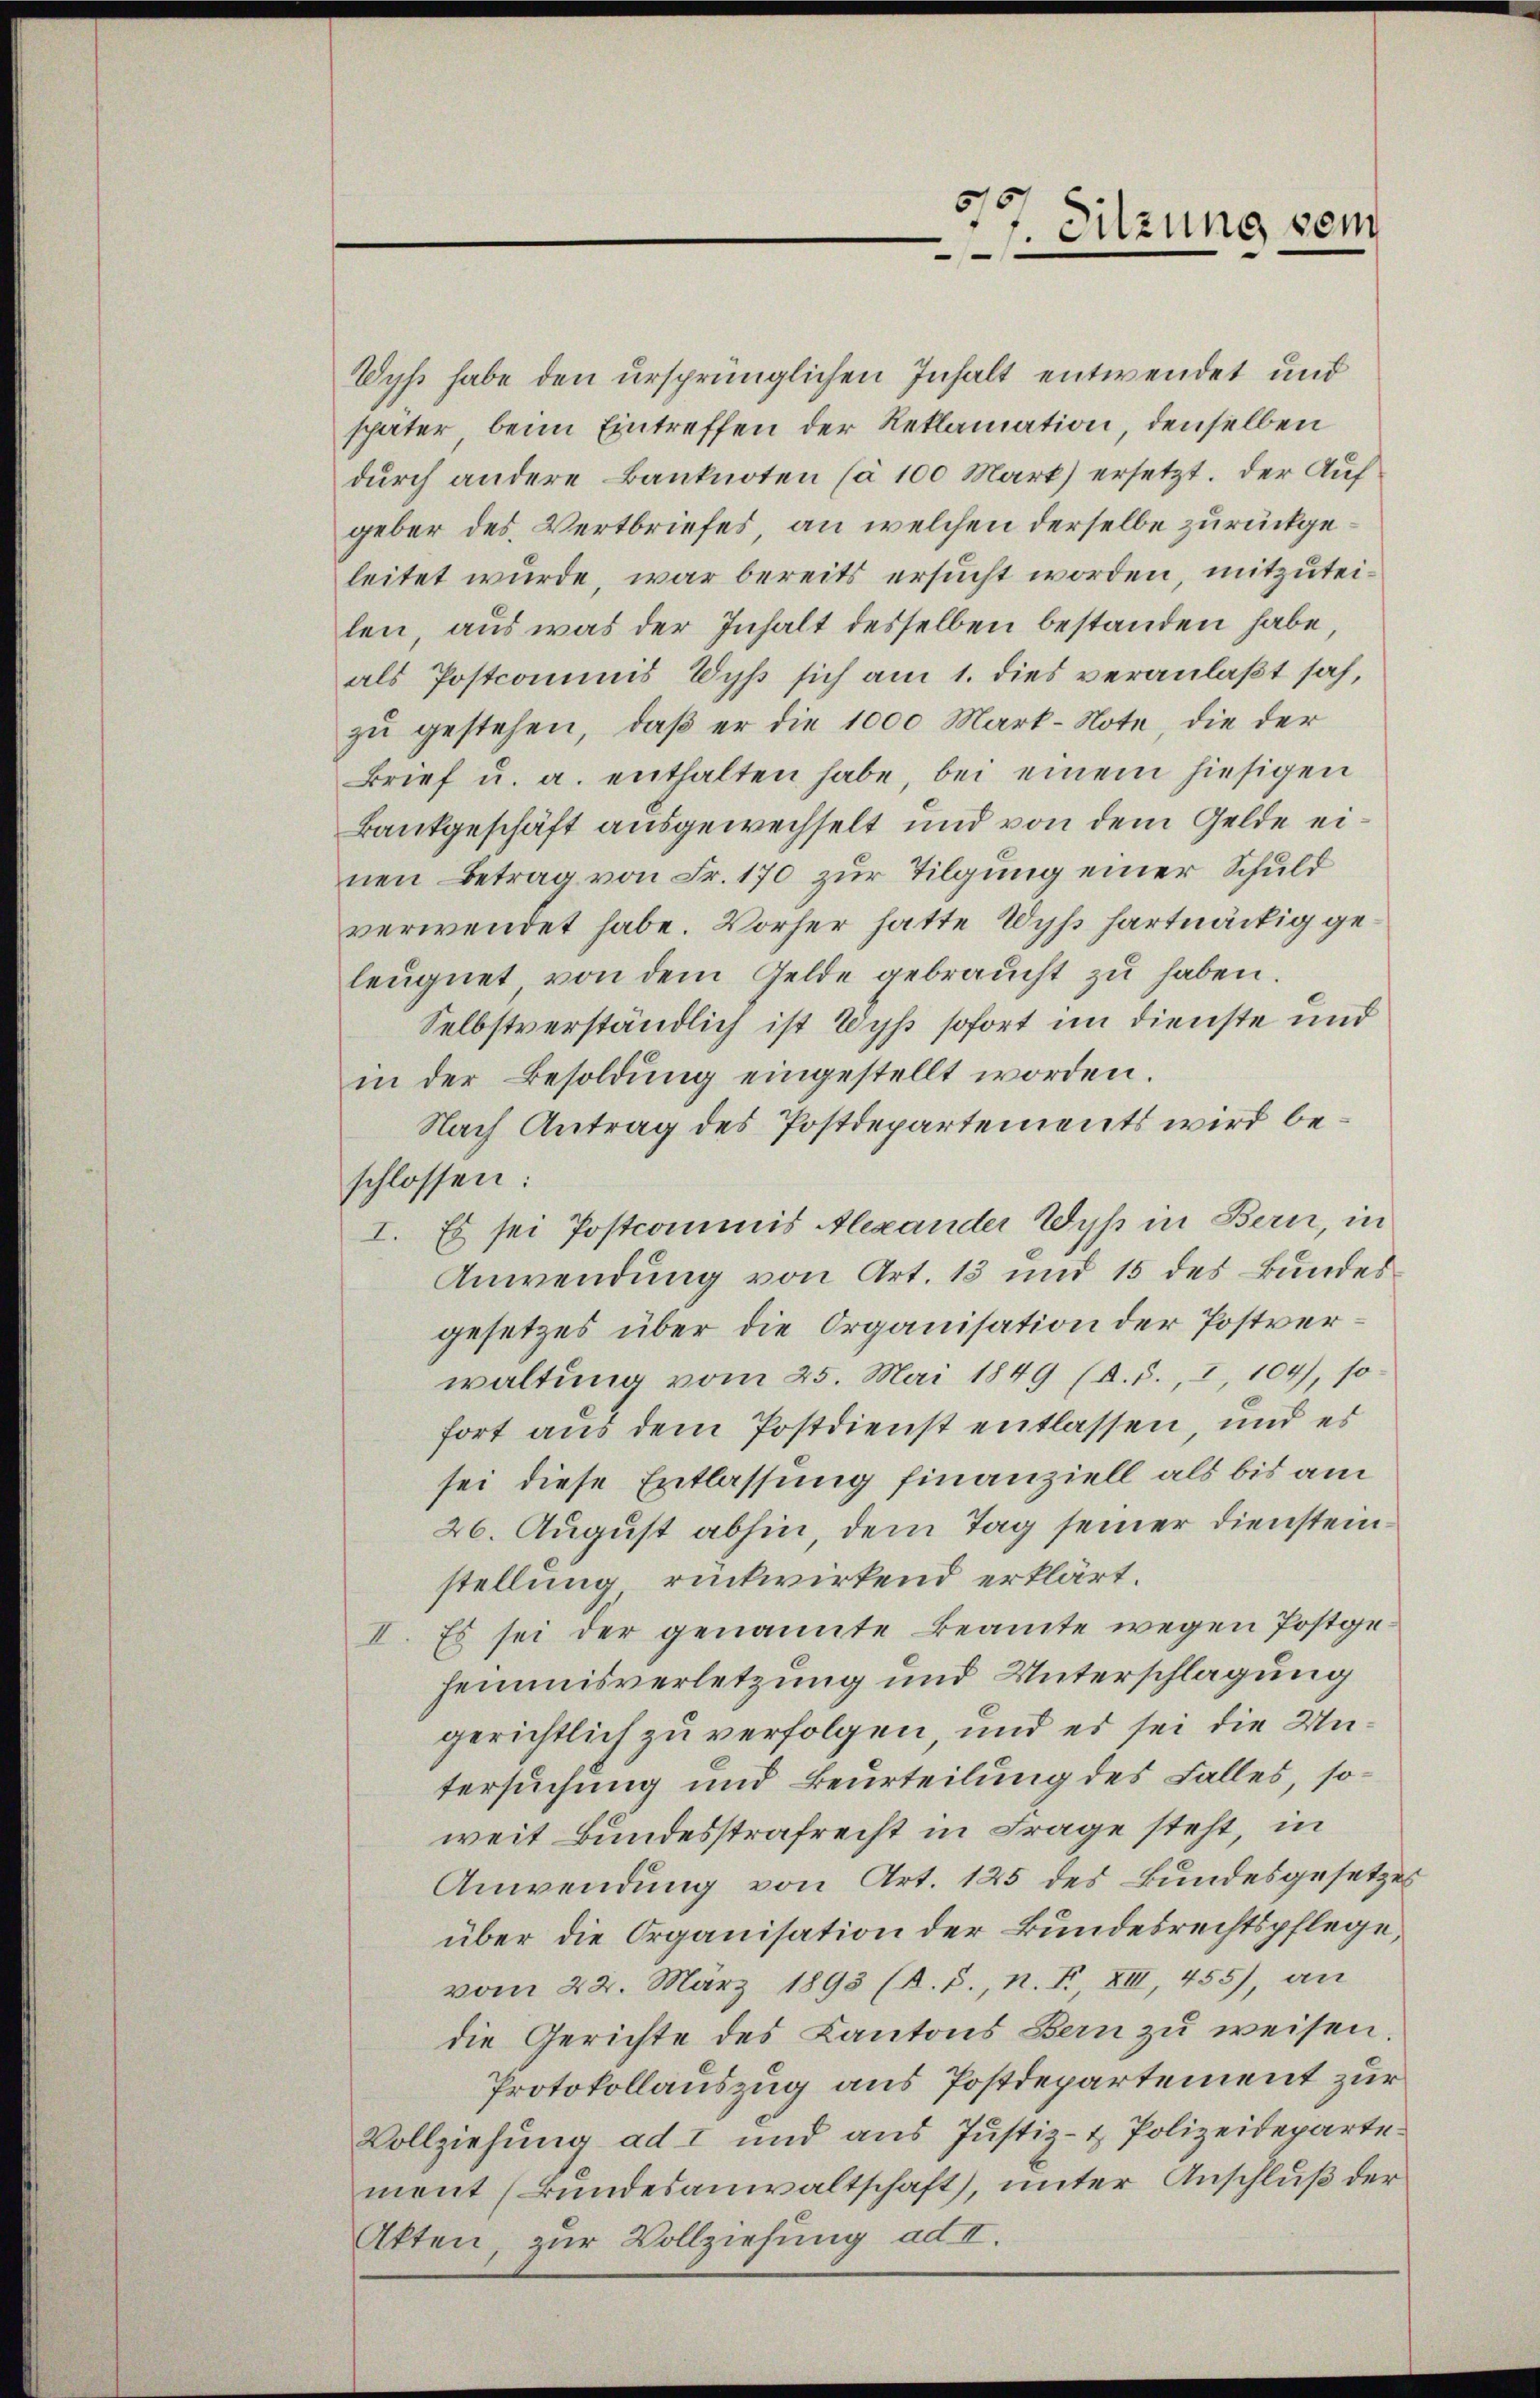
Wyß habe den ursprünglichen Inhalt entwendet und
später beim Eintreffen der Reklamation denselben
durch andere Banknoten (à 100 Mark) ersetzt. Der Auf
geber des Wertbriefes, an welchen derselbe zurückgeleitet wurde, war bereits ersucht worden, mitzuteilen, aus was der Inhalt desselben bestanden habe,
als Postcommis Wyß sich am 1. dies veranlaßt sah,
zu gestehen, daß er die 1000 Mark-Note, die der
Brief u. a. enthalten habe, bei einem hiesigen
Bankgeschäft ausgewechselt und von dem Gelde einen Betrag von Fr. 170 zur Tilgung einer Schuld
verwendet habe. Vorher hatte Wyss hartnäckig geleugnet von dem Gelde gebraucht zŭ haben.
Selbstverständlich ist Wyss sofort im Dienste und
in der Besoldŭng eingestellt worden.
Nach Antrag des Postdepartements wird beschlossen:
I. Es sei Postcommis Alexander Wyß in Bern, in
Anwendung von Art. 13 und 15 des Bundesgesetzes über die Organisation der Postverwaltung vom 25. Mai 1849 (d. 5., 2, 104), so
fort aus dem Postdienst entlassen, und es
sei diese Entlassung finanziell als bis am
26. August abhin, dem Tag seiner Dienstein
stellung rückwirkend erklärt.
II. Es sei der genannte Beamte wegen Postge
heimnisverletzung und Unterschlagung
gerichtlich zu verfolgen und es sei die Untersuchung und Beurteilung des Falles, soweit Bundesstrafrecht in Frage steht, in
Anwendung von Art. 125 des Bundesgesetzes
über die Organisation der Bundesrechtspflege,
vom 22. März 1895 (R. S., n. F. XIII, 455), an
die Gerichte des Kantons Bern zu weisen.
Protokollauszug aus Postdepartement zur
Vollziehung ad I und aus Justiz- & Polizeideparte
ment (Bundesanwaltschaft), unter Anschluß der
Akten, zur Vollziehung ad II.

Sitzung sein